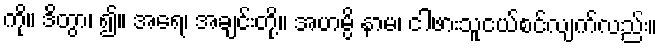
ကို။ ဒိတွာ၊ ၍။ အရေ၊ အချင်းတို့။ အဟမ္ပိ နာမ၊ ငါဖားသူငယ်စင်လျက်လည်း။